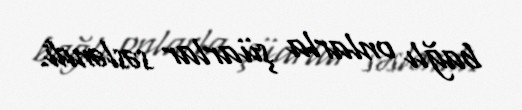
bağlı onlarla şüarlar səsləndi.